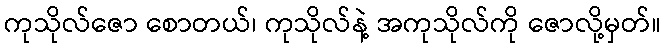
ကုသိုလ်ဇော စောတယ်၊ ကုသိုလ်နဲ့ အကုသိုလ်ကို ဇောလို့မှတ်။